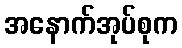
အနောက်အုပ်စုက